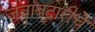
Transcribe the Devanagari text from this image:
जवाबदारीचे